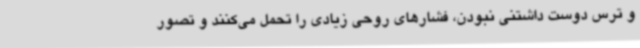
و ترس دوست داشتنی نبودن، فشارهای روحی زیادی را تحمل می‌کنند و تصور